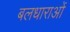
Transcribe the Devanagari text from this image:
बलधाराओं